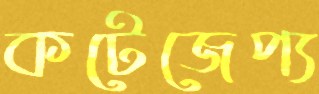
কটেজেপ্য